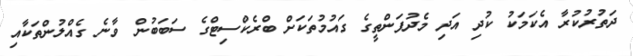
ދަތުރުކުރާ އެކަމަކު ކުދި އަދި މެދުފަންތީގެ ގައުމުތަކަށް ބްރެކްސިޓްގެ ސަބަބުން ވާނެ ގެއްލުންތަކާއި